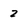
Character: 2